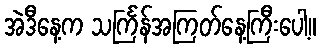
အဲဒီနေ့က သင်္ကြန်အကြတ်နေ့ကြီးပေါ့။